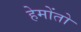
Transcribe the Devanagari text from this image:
हेमोंतो